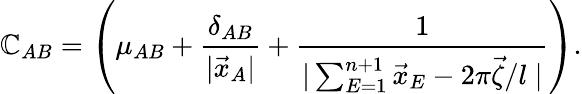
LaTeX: \mathbb{C}_{AB}=\left(\mu_{AB}+\frac{{\delta_{AB}}}{{|\vec{{x}}_{A}|}}+\frac{{1}}{{|\sum_{E=1}^{n+1}\vec{{x}}_{E}-2\pi\vec{{\zeta}}/l\; |}}\right).